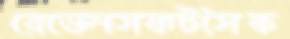
রেভেনসফটসৈক